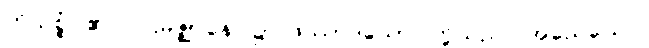
ဟိသစ္စံ၊ ၏။ ပဌမဇ္ဈာနေ၊ ၌။ ဖဿာဒယော၊ တို့သည်။ အညေယေဝ၊